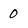
Character: 0